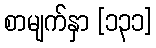
စာမျက်နှာ [၁၃၁]